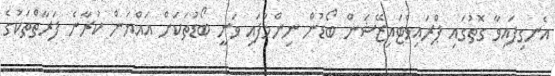
އެނގިފައިވާ ގޮތުގައި ޕްރައިވެޓައިޒޭޝަން ބޯޑުން ނިންމާފައި ވަނީ ބޯޑުތަކަށް އައްޔަން ކުރާނެ ފަރާތްތަކުގެ